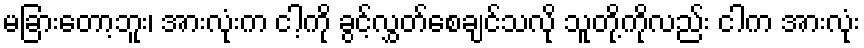
မခြားတော့ဘူး၊ အားလုံးက ငါ့ကို ခွင့်လွှတ်စေချင်သလို သူတို့ကိုလည်း ငါက အားလုံး